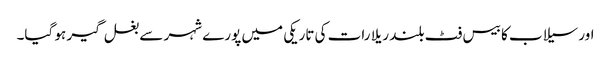
اور سیلاب کا بیس فٹ بلند ریلا رات کی تاریکی میں پورے شہر سے بغل گیر ہو گیا۔